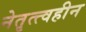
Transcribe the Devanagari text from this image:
नेतृत्त्वहीन